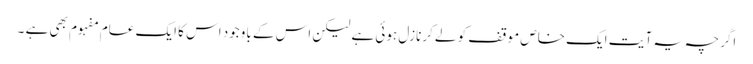
اگرچہ یہ آ یت ایک خاص موقف کو لے کرنازل ہوئی ہے لیکن اس کے باوجود اس کا ایک عام مفہوم بھی ہے ۔